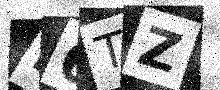
Text: D6TZ